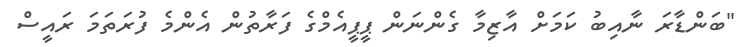
"ބަންޑާރަ ނާއިބު ކަމަށް އާޒިމާ ގެންނަން ޕީޕީއެމްގެ ފަރާތުން އެންމެ ފުރަތަމަ ރައީސް